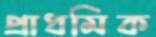
প্রাধমিক